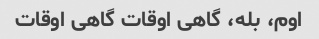
اوم، بله، گاهی اوقات گاهی اوقات